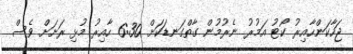
ޖަހާކަންހާއިރު ކޯޓު އަމުރު ނެރުމުން ގާތްގަނޑަކަށް 6:30 ހާއިރު މުޅި ރަށަށް ވެސް